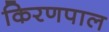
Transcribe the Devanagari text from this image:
किरणपाल